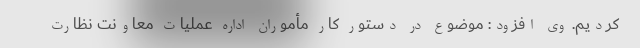
کردیم. وی افزود: موضوع در دستور کار مأموران اداره عملیات معاونت نظارت